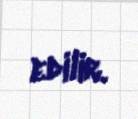
edilir.